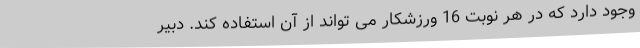
وجود دارد که در هر نوبت 16 ورزشکار می تواند از آن استفاده کند. دبیر